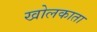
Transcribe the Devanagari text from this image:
खोलकाता